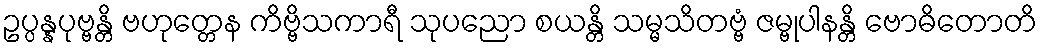
ဥပ္ပန္နပုဗ္ဗန္တိ ဗဟုတ္တေန ကိဗ္ဗိသကာရီ သုပညော စယန္တိ သမ္မသိတဗ္ဗံ ဇမ္ဗုပါနန္တိ ဗောဓိတောတိ